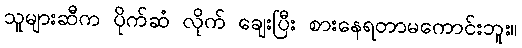
သူများဆီက ပိုက်ဆံ လိုက် ချေးပြီး စားနေရတာမကောင်းဘူး။